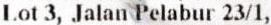
LOT 3, JALAN PELABUR 23/1,